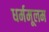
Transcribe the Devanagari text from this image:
धर्ममूलम